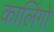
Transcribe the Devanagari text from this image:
कालिंगो